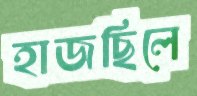
হাজছিলে